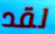
لقد